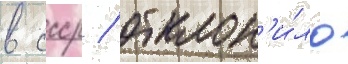
в ссср / отклон'и́ло